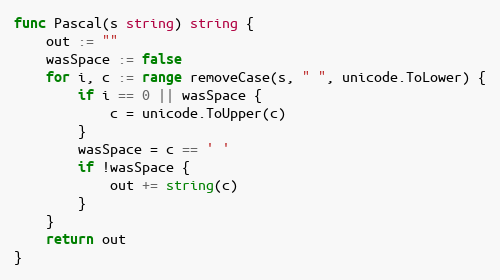
Language: Go
func Pascal(s string) string {
	out := ""
	wasSpace := false
	for i, c := range removeCase(s, " ", unicode.ToLower) {
		if i == 0 || wasSpace {
			c = unicode.ToUpper(c)
		}
		wasSpace = c == ' '
		if !wasSpace {
			out += string(c)
		}
	}
	return out
}